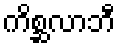
ကိစ္ဆလာဘီ